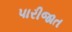
પારીજાત